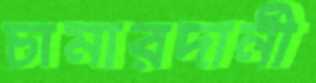
চামারদানী